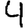
Digit: 4